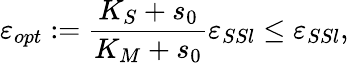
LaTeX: \varepsilon_{opt}:=\frac{K_{S}+s_{0}}{K_{M}+s_{0}}\varepsilon_{SSl}\leq\varepsilon_{SSl},